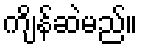
ကျိန်ဆဲမည်။